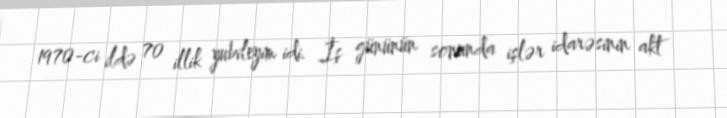
1970-ci ildə 70 illik yubileyim idi. İş gününün sonunda işlər idarəsinin akt